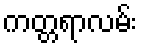
ကတ္တရာလမ်း